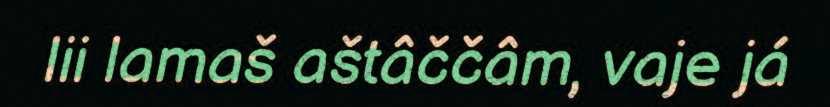
lii lamaš aštâččâm, vaje já